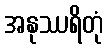
အနုဿရိတုံ